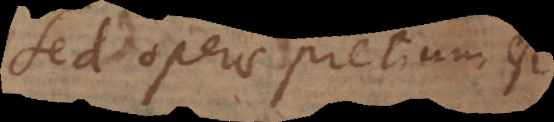
Sed operae pretium